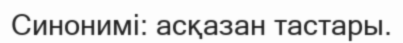
Синонимі: асқазан тастары.